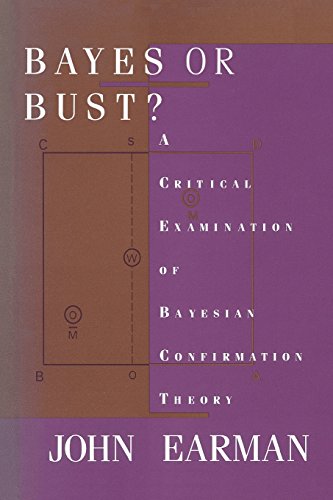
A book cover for Bayes or Bust?: A Critical Examination of Bayesian Confirmation Theory; John Earman; Science & Math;